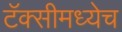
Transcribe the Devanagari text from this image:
टॅक्सीमध्येच